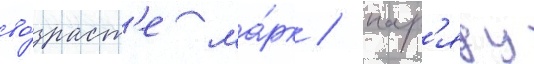
во́зраст'е ма́рк / нар'яду